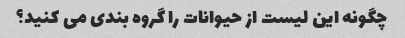
چگونه این لیست از حیوانات را گروه بندی می کنید؟